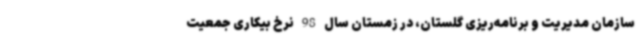
سازمان مدیریت و برنامه‌ریزی گلستان، در زمستان سال 98 نرخ بیکاری جمعیت